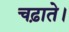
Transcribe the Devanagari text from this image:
चढ़ाते।